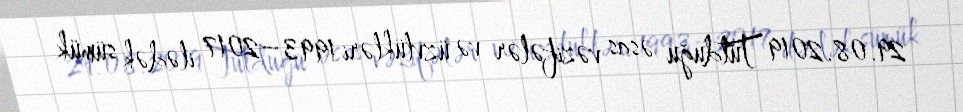
29.08.2019 Tutduğu əsas vəzifələr və üzvlükləri 1993–2017 ilədək sümük